Scottish Certificate of Education, 1962
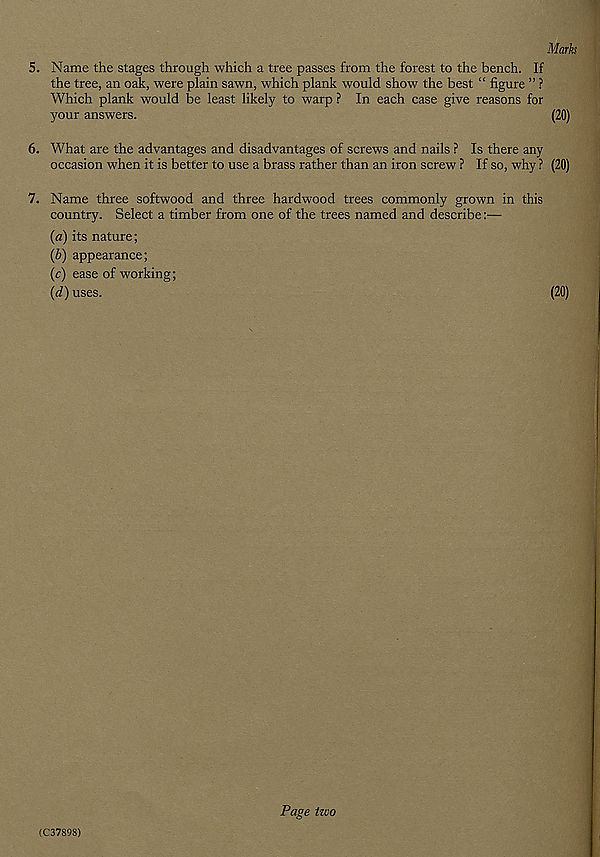
Marks
5. Name the stages through which a tree passes from the forest to the bench. If
the tree, an oak, were plain sawn, which plank would show the best “ figure ” ?
Which plank would be least likely to warp ? In each case give reasons for
your answers.
(20)
6. What are the advantages and disadvantages of screws and nails ? Is there any
occasion when it is better to use a brass rather than an iron screw ? If so, why ? (20)
7. Name three softwood and three hardwood trees commonly grown in this
country. Select a timber from one of the trees named and describe:—
(a) its nature;
(b) appearance;
(c) ease of working;
(d) uses.
(20)
(C37898)
Page izvo